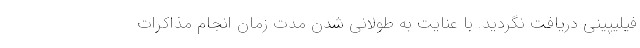
فیلیپینی دریافت نگردید. با عنایت به طولانی شدن مدت زمان انجام مذاکرات